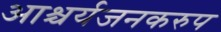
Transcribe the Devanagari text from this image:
आश्चर्यजनकरुप